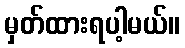
မှတ်ထားရပါ့မယ်။